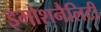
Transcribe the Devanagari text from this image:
इमोशनैलिटी